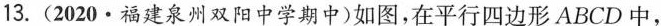
13.(2020·福建泉州双阳中学期中)如图，在平行四边形ABCD中，